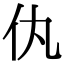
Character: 𬽦